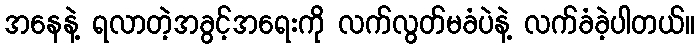
အနေနဲ့ ရလာတဲ့အခွင့်အရေးကို လက်လွတ်မခံပဲနဲ့ လက်ခံခဲ့ပါတယ်။